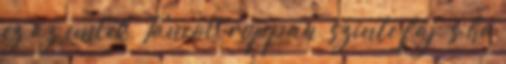
ez az emlék, Táncol, roppan, szinte fáj, s ha